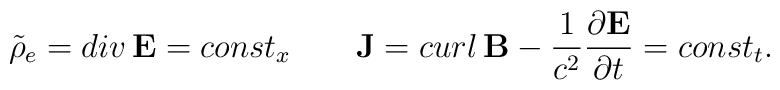
\tilde\rho_e = div \, {\bf E} = const_x \qquad {\bf J} = curl \, {\bf B} -{1\over c^2} {\partial {\bf E} \over \partial t} = const_t .